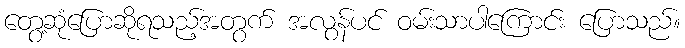
တွေ့ဆုံပြောဆိုရသည့်အတွက် အလွန်ပင် ဝမ်းသာပါကြောင်း ပြောသည်။